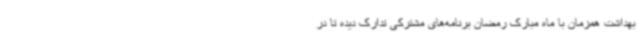
بهداشت همزمان با ماه مبارک رمضان برنامه‌های مشترکی تدارک دیده تا در